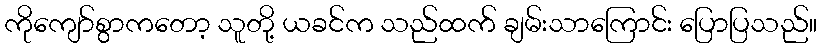
ကိုကျော်စွာကတော့ သူတို့ ယခင်က သည်ထက် ချမ်းသာကြောင်း ပြောပြသည်။